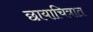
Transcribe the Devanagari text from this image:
छायाचित्रात